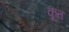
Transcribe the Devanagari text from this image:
कूत